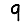
Digit: 9